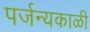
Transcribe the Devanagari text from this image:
पर्जन्यकाळी